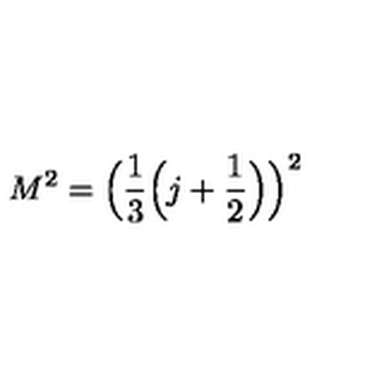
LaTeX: M ^ { 2 } = { \Big ( } { \frac { 1 } { 3 } } { \Big ( } j + { \frac { 1 } { 2 } } { \Big ) } { \Big ) } ^ { 2 }